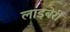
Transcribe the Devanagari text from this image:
लाइबेरी